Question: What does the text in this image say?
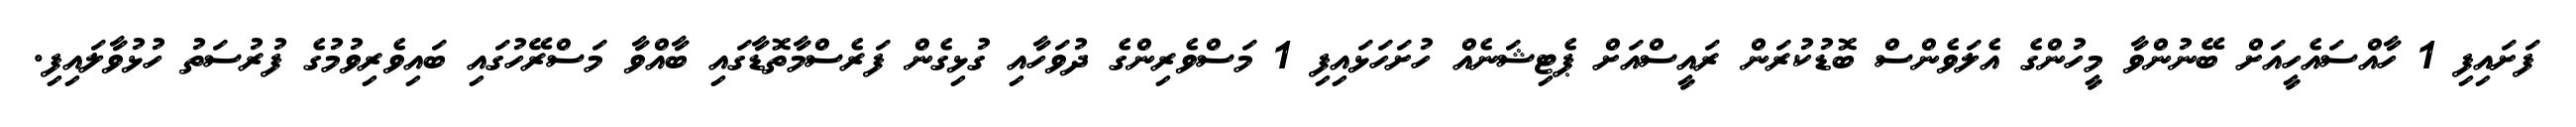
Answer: ފަށައިފި 1 ހާއްސައެހީއަށް ބޭނުންވާ މީހުންގެ އެލަވެންސް ބޮޑުކުރަން ރައީސްއަށް ޕެޓިޝަނެއް ހުށަހަޅައިފި 1 މަސްވެރިންގެ ދުވަހާއި ގުޅިގެން ފަރެސްމާތޮޑާގައި ބާއްވާ މަސްރޭހުގައި ބައިވެރިވުމުގެ ފުރުސަތު ހުޅުވާލައިފި.